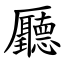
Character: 㕔